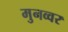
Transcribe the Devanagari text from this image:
मुनव्‍वर